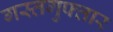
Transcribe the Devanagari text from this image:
गस्तगुफ्तार